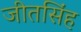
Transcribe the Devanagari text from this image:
जीतसिंह